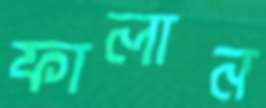
ফালান